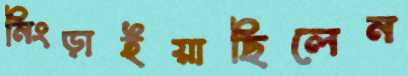
নিংড়াইয়াছিলেন